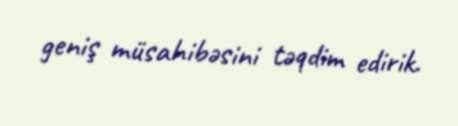
geniş müsahibəsini təqdim edirik.